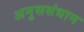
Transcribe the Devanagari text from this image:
अनुससंधान